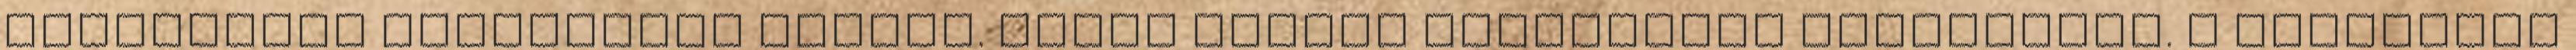
gyűjtemény megmentője ismert. Erről számos dokumentum tanúskodik. A Csontváry